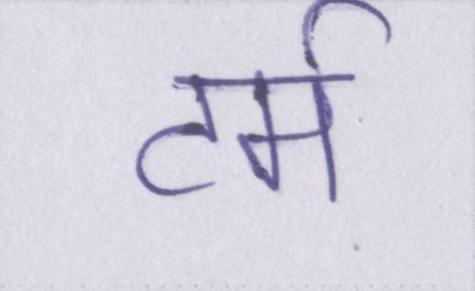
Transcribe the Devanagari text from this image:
टर्म